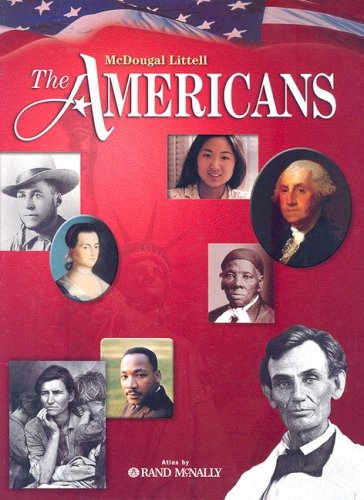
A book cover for The Americans; MCDOUGAL LITTEL; Teen & Young Adult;